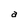
Character: a